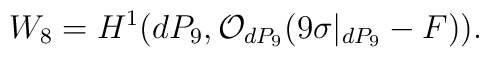
W_8 = H^{1} (dP_9, {\cal O}_{dP_9}(9 \sigma|_{dP_9}-F)).